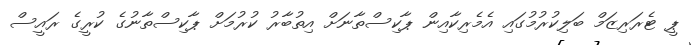
ޕީ ޓެރަރިޒަމް ބަލިކުރުމުގައި އެމެރިކާއިން ޕާކިސްތާނަށް އިތުބާރު ކުރުމަށް ޕާކިސްތާނުގެ ކުރީގެ ރައީސް